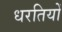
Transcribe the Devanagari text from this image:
धरतियों